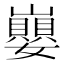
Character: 𡾸